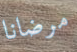
مرضانا